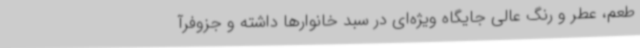
طعم، عطر و رنگ عالی جایگاه ویژه‌ای در سبد خانوارها داشته و جزوفرآ